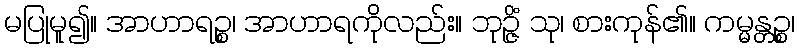
မပြုမူ၍။ အာဟာရဉ္စ၊ အာဟာရကိုလည်း။ ဘုဉ္ဇိံ သု၊ စားကုန်၏။ ကမ္မန္တဉ္စ၊